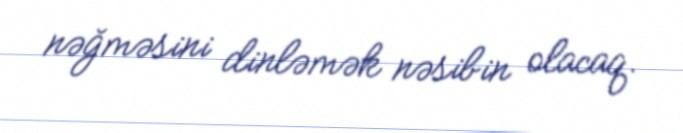
nəğməsini dinləmək nəsibin olacaq.